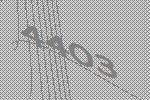
4403